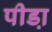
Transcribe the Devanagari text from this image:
पीडा़